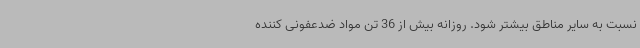
نسبت به سایر مناطق بیشتر شود. روزانه بیش از 36 تن مواد ضدعفونی کننده